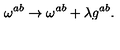
\omega ^ { a b } \rightarrow \omega ^ { a b } + \lambda g ^ { a b } .